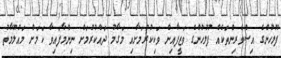
ފުލުހުންގެ އިސްވެރިންތަކެއް ފުލުހުންގެ ވަޒީފާއިން ވަކިކުރުމަށާއި މަގާމު ދައްކުރުމަށް ނިންމާފައިވާ ކަމަށް މައުލޫމާތު